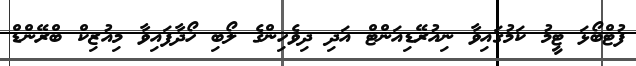
ފުޓްބޯޅަ ޓީމު ކަމުގައިވާ ނިއުރޭޑިއަންޓް އަދި ދިވެހިންގެ ލޯބި ހޯދާފައިވާ މިއުޒިކް ބްރޭންޑް